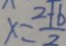
x = \frac { 2 + b } { 2 }